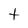
Character: t